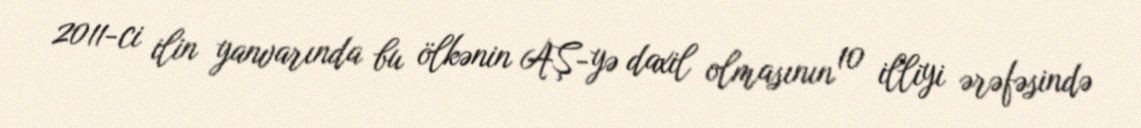
2011-ci ilin yanvarında bu ölkənin AŞ-yə daxil olmasının 10 illiyi ərəfəsində